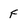
Character: F